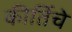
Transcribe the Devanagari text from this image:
कीर्तिचे